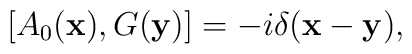
[A_0({\bf x}),G({\bf y})] = -i\delta({\bf x-y}),